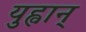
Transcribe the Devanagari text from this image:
युह्वान्